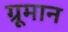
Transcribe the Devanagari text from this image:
ग्रूमान